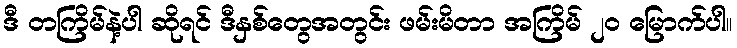
ဒီ တကြိမ်နဲ့ပါ ဆိုရင် ဒီနှစ်တွေအတွင်း ဖမ်းမိတာ အကြိမ် ၂၀ မြောက်ပါ။